Report on vaccination in Madras 1904-1921 - 1904-1921
Year: 1904
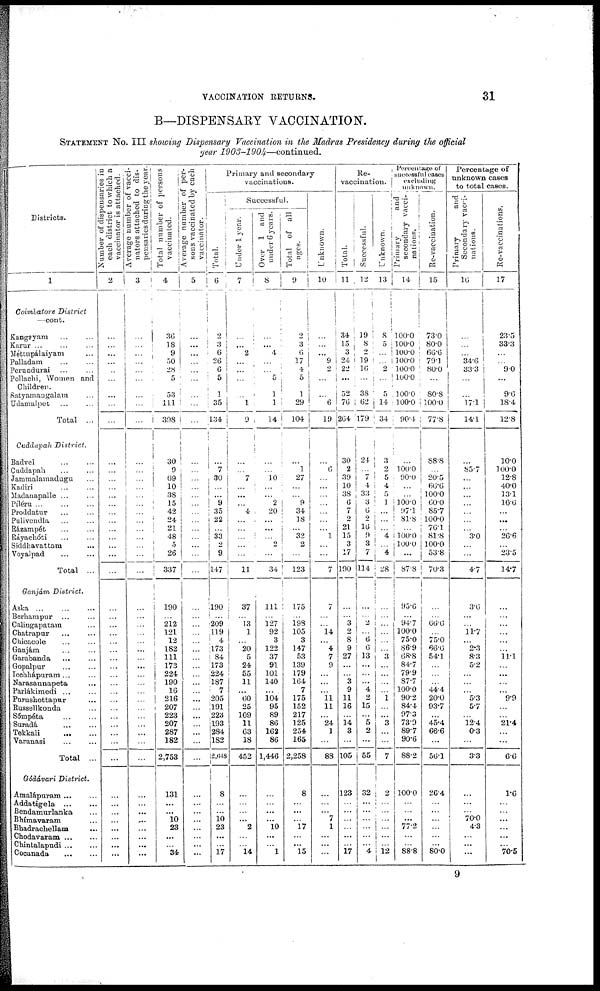
VACCINATION RETURNS.
31
B—DISPENSARY VACCINATION.
STATEMENT No. III showing Dispensary Vaccination in the Madras Presidency during the official
year
1903-1904—continued.
Districts.
1
Coimbatore District
—cont.
Kangeyam ... ...
Karur ... ... ...
Méttupálaiyam ...
Palladam ... ...
Perundurai ... ...
Pollachi, Women and
Children.
Satyamaugalam ...
Udamalpet ... ...
Total ...
Cuddapah District.
Badvel ... ...
Cuddapah ... ...
Jammalamadugu ...
Kadiri ... ...
Madanapalle ... ...
Píléru ... ... ...
Proddatur ... ...
Pulivendla ... ...
Rázampét ... ...
Ráyachóti ... ...
Siddhavattam ...
Voyalpad ... ...
Total ...
Ganjám District.
Aska ... ... ...
Berhampur ... ...
Calingapatam ...
Chatrapur ... ...
Chicacole ... ...
Ganjám ... ...
Garabanda ... ...
Gopalpur ... ...
Icchhápuram... ...
Narasannapeta ...
Parlákimedi ... ...
Purushottapur ...
Russellkonda ...
Sómpéta ... ...
Suradá ... ...
Tekkali ... ...
Varanasi ... ...
Total ...
Gódávari District.
Amalápuram ... ...
Addatigela ... ...
Bendamurlanka ...
Bhímavaram ...
Bhadrachellam ...
Chodavaram ...
Chintalapudi ... ...
Cocanada ... ...
Number of dispensaries in
each district to which a
vaccinator is attached.
2
...
...
...
...
...
...
...
...
...
...
...
...
...
...
...
...
...
...
...
...
...
...
...
...
...
...
...
...
...
...
...
...
...
...
...
...
...
...
...
...
...
...
...
...
...
...
...
...
Average number of vacci-
nators attached to dis-
pensaries during the year.
3
...
...
...
...
...
...
...
...
...
...
...
... ...
...
...
...
...
...
...
...
...
...
...
...
...
...
...
...
...
...
...
...
...
...
...
...
...
...
...
...
...
...
...
...
...
...
...
...
Total number of persons
vaccinated.
4
36
18
9
50
28
5
53
111
398
30
9
69
10
38
15
42
24
21
48
5
26
337
190
...
212
121
12
182
111
173
224
190
16
216
207
223
207
287
182
2,753
131
...
...
10
23
...
...
34
Average number of per-
sons vaccinated by each
vaccinator.
5
...
...
...
...
...
...
...
...
...
...
...
...
...
...
...
...
...
...
...
...
...
...
...
...
...
...
...
...
...
...
...
...
...
...
...
...
...
...
...
...
...
...
...
...
...
...
...
...
Primary and secondary
vaccinations.
Total.
6
2
3
6
26
6
5
1
35
134
...
7
30
...
...
9
35
22
...
33
2
9
147
190
...
209
119
4
173
84
173
224
187
7
205
191
223
193
284
182
2,648
8
...
...
10
23
...
...
17
Successful.
Under 1 year.
7
...
...
2
...
...
...
...
1
9
...
...
7
...
...
...
4
...
...
...
...
...
11
37
...
13
1
...
20
5
24
55
11
...
60
25
109
11
63
18
452
...
...
...
...
2
...
...
14
Over 1 and
under 6 years.
8
...
...
4
...
...
5
1
1
14
...
...
10
...
...
2
20
...
...
...
2
...
34
111
...
127
92
3
122
37
91
101
140
...
104
95
89
86
162
86
1,446
...
...
...
...
10
...
...
1
Total of all
ages.
9
2
3
6
17
4
5
1
29
104
...
1
27
...
...
9
34
18
...
32
2
...
123
175
...
198
105
3
147
53
139
179
164
7
175
152
217
125
254
165
2,258
8
...
...
...
17
...
...
15
Unknown.
10
...
...
...
9
2
...
...
6
19
...
6
...
...
...
...
...
...
...
1
...
...
7
7
...
...
14
...
4
7
9
...
...
...
11
11
...
24
1
...
88
...
...
...
7
1
...
...
...
Re¬
vaccination.
Total.
11
34
15
3
24
22
...
52
76
264
30
2
39
10
38
6
7
2
21
15
3
17
190
...
...
3
2
8
9
27
...
...
3
9
11
16
...
14
3
...
105
123
...
...
...
...
...
...
17
Successful.
12
19
8
2
19
16
...
38
62
179
24
...
7
4
33
3
6
2
16
9
3
7
114
...
...
2
...
6
6
13
...
...
...
4
2
15
...
5
2
...
55
32
...
...
...
...
...
...
4
Unknown.
13
8
5
...
...
2
...
5
14
34
3
2
5
4
5
1
...
...
...
4
...
4
28
...
...
...
...
...
...
3
...
...
...
...
1
...
...
3
...
...
7
2
...
...
...
...
...
...
12
Percentage of
successful cases
excluding
unknown.
Primary
and
secondary vacci-
nations.
14
100.0
100.0
100.0
100.0
100.0
100.0
100.0
100.0
90.4
...
100.0
90.0
...
...
100.0
97.1
81.8
...
100.0
100.0
...
87.8
95.6
...
94.7
100.0
75.0
86.9
68.8
84.7
79.9
87.7
100.0
90.2
84.4
97.3
73.9
89.7
90.6
88.2
100.0
...
...
...
77.2
...
...
88.8
Re-vaccination.
15
73.0
80.0
66.6
79.1
80.0
...
80.8
100.0
77.8
88.8
...
20.5
66.6
100.0
60.0
85.7
100.0
76.1
81.8
100.0
53.8
70.3
...
...
66.6
...
75.0
66.6
54.1
...
...
...
44.4
20.0
93.7
...
45.4
66.6
...
56.1
26.4
...
...
...
...
...
...
80.0
Percentage of
unknown cases
to total cases.
Primary
and
Secondary vaci-
-ations.
16
...
...
...
34.6
33.3
...
...
17.1
14.1
...
85.7
...
...
...
...
...
...
...
3.0
...
4.7
3.6
...
...
11.7
...
2.3
8.3
5.2
...
...
...
5.3
5.7
...
12.4
0.3
...
3.3
...
...
...
70.0
4.3
...
...
...
Re-vaccinations.
17
23.5
33.3
...
...
9.0
...
9.6
18.4
12.8
10.0
100.0
12.8
40.0
13.1
16.6
...
...
...
26.6
...
23.5
14.7
...
...
...
...
...
...
11.1
...
...
...
...
9.9
...
...
21.4
...
...
6.6
1.6
...
...
...
...
...
70.5
9